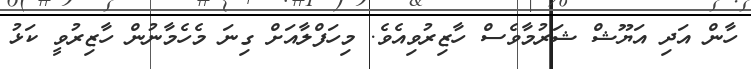
ހާން އަދި އަޔޫޝް ޝަރުމާވެސް ހާޒިރުވިއެވެ. މިހަފްލާއަށް ގިނަ މެހެމާނުން ހާޒިރުވީ ކަޅު